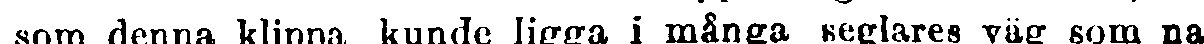
som denna klippa kunde ligga i många seglares väg som na-